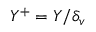
Y ^ { + } = Y / \delta _ { v }